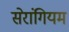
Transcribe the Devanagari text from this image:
सेरांगियम